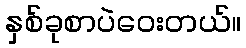
နှစ်ခုစာပဲဝေးတယ်။